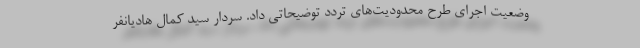
وضعیت اجرای طرح محدودیت‌های تردد توضیحاتی داد. سردار سید کمال هادیانفر